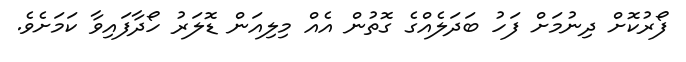
ފޯރުކޮށް ދިނުމަށް ފަހު ބަަދަލެއްގެ ގޮތުން އެއް މިލިއަަން ޑޮލަރު ހޯދާފައިވާ ކަމަށެވެ.